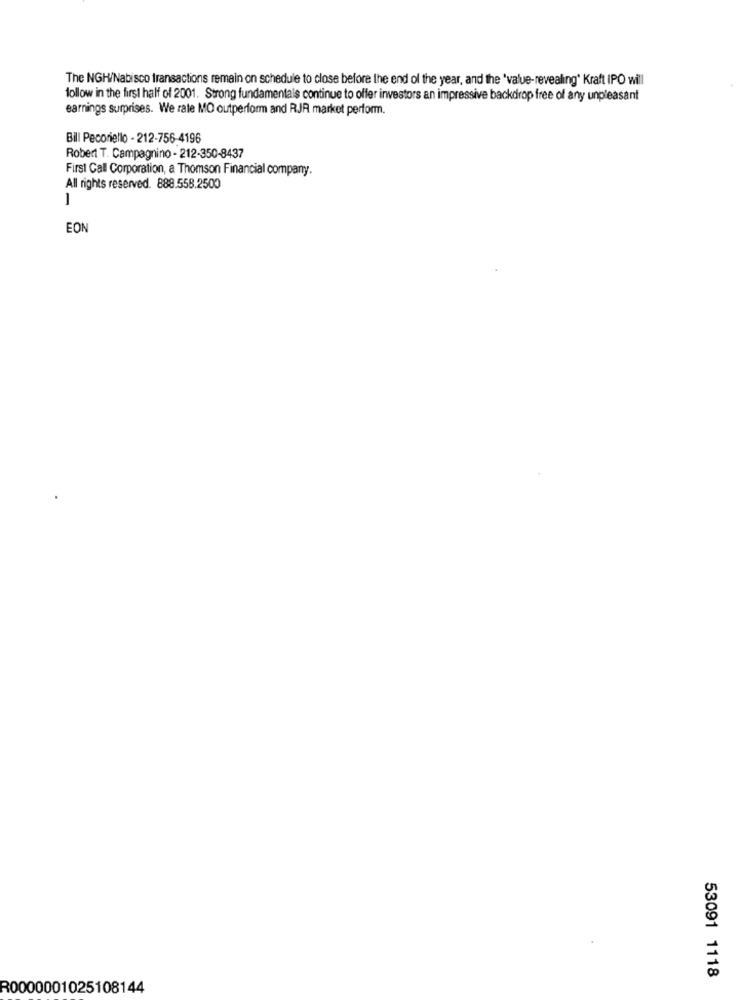
The NGH/Nabisco transactions remain on schedule to close before the end of the year, and the 'value-revealing' Kraft IPO will
follow in the first half of 2001. Strong fundamentals continue to offer investors an impressive backdrop free of any unpleasant
earnings surprises. We rate MO outperform and RJR market perform.
Bill Pecoriello - 212-756-4196
Robert T. Campagnino - 212-350-8437
First Call Corporation, a Thomson Financial company.
All rights reserved. 888.558.2500
1
EON
53091 1118
R0000001025108144